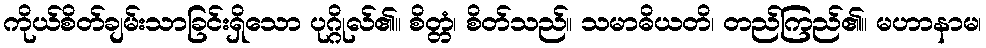
ကိုယ်စိတ်ချမ်းသာခြင်းရှိသော ပုဂ္ဂိုလ်၏။ စိတ္တံ၊ စိတ်သည်။ သမာဓိယတိ၊ တည်ကြည်၏။ မဟာနာမ၊